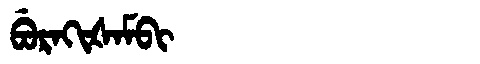
Manchu: ᠪᡠᡵᠠᡴᡳᡧᠠᠮᠪᡳ
Romanization: BURAKIŠAMBI